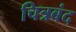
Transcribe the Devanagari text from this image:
चित्रबंद